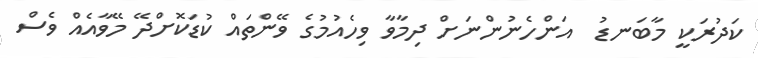
ކަދުރަކީ މާބަނޑު  އަންހެނުންނަށް ދިމާވާ ވިހެއުމުގެ ވޭންތައް ކުޑަކޮށްދޭ މޭވާއެއް ވެސް